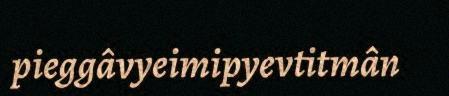
pieggâvyeimipyevtitmân